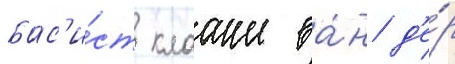
бас'и́ст клааше ва́н д'е́р